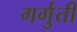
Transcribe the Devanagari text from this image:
गर्गुती